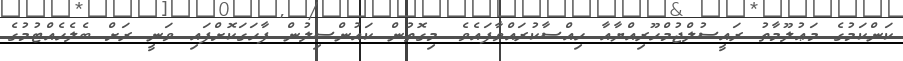
ކަންކަމުގެ މަޢުލޫމާތު ރައީސުލްޖުމްހޫރިއްޔާއާ ހިއްސާކުރައްވާފައެވެ. މިގޮތުން ކައުންސިލުން ފާހަގަކޮށްފައި ވަނީ ރަށް ބެލެހެއްޓުމުގެ